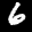
Label: 6